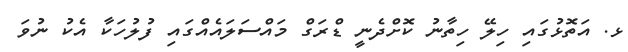
ޅ. އަތޮޅުގައި ހިލޭ ހިތާނު ކޮށްދެނީ ޑްރަގް މައްސަލައެއްގައި ފުލުހަކާ އެކު ނުވަ